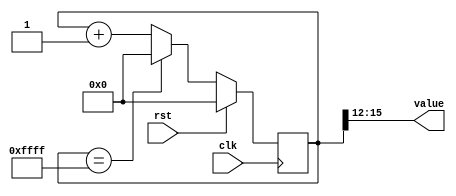
module counter_22 (
    input clk,
    input rst,
    output reg [3:0] value
  );
  
  localparam SIZE = 3'h4;
  localparam DIV = 4'hc;
  localparam TOP = 4'hf;
  localparam UP = 1'h1;
  
  
  reg [15:0] M_ctr_d, M_ctr_q = 1'h0;
  
  localparam MAX_VALUE = 16'hffff;
  
  always @* begin
    M_ctr_d = M_ctr_q;
    
    value = M_ctr_q[12+3-:4];
    if (1'h1) begin
      M_ctr_d = M_ctr_q + 1'h1;
      if (1'h1 && M_ctr_q == 16'hffff) begin
        M_ctr_d = 1'h0;
      end
    end else begin
      M_ctr_d = M_ctr_q - 1'h1;
      if (1'h1 && M_ctr_q == 1'h0) begin
        M_ctr_d = 16'hffff;
      end
    end
  end
  
  always @(posedge clk) begin
    if (rst == 1'b1) begin
      M_ctr_q <= 1'h0;
    end else begin
      M_ctr_q <= M_ctr_d;
    end
  end
  
endmodule